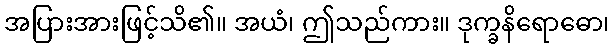
အပြားအားဖြင့်သိ၏။ အယံ၊ ဤသည်ကား။ ဒုက္ခနိရောဓော၊